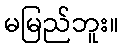
မမြည်ဘူး။